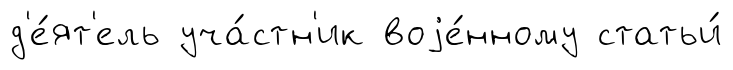
д'е́ят'ель уча́стн'ик воjе́нному статьи́